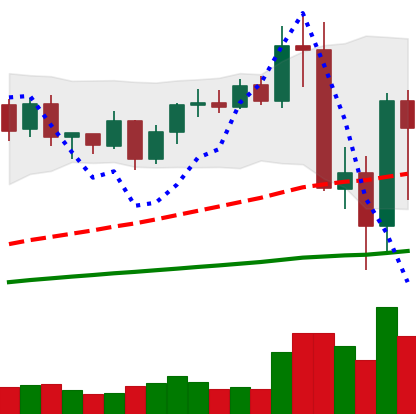
Ticker: BNB-USD
Chart end date: 2020-09-07
Forward return: 27.403%
Label: up_7plus